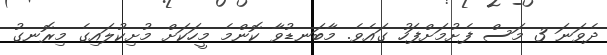
ދެވަނަ 3 މަސް ފެށުމަށްފަހު ގައެވެ. މާބަނޑުވާ ކޮންމެ މީހަކަށް މުށިކުލައިގެ މިރޮނގު